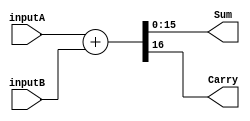
module adderPlus #(parameter N = 16 ) (inputA,inputB,Sum,Carry);
input [N-1:0] inputA, inputB;
output [N-1:0] Sum;
output Carry;

assign {Carry,Sum} = inputA + inputB;

endmodule